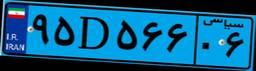
۹۵D۵۶۶۰۶